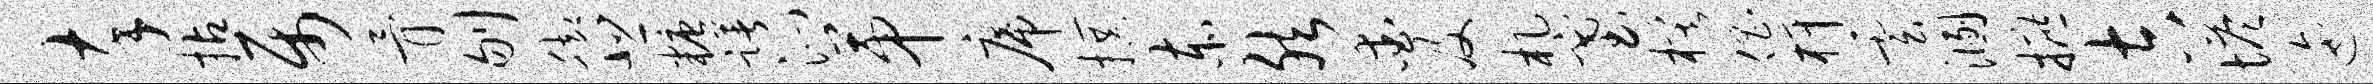
卒拈属骨刎脚悲糖躇沁第席撰赤然爱及札塞模倡柙云溷摭吉塔迤